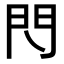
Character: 𨳉